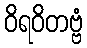
ဝိရဝိတဗ္ဗံ